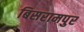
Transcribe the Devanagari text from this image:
बिसरामपुर